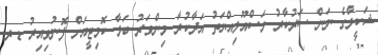
ޝަކީލާގެ ނަން ސަރުކާރު މަސްއޫލިއްޔަތު އަދާކުރާ މިންވަރު ބަލާ ކޮމިޓީއަށް ފޮނުވިއިރު ޑރ.